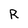
Character: R